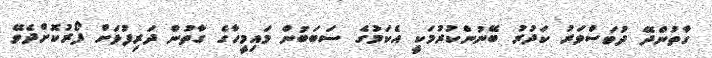
ގާތުންދޭ ދުވަސްވަރު ކަދުރު ބޭނުންކުރުމަކީ އެކަމުގެ ސަބަބުން މައިމީހާގެ ގާތުން ދަރިފުޅަށް ފޯރުކޮށްދެވޭ